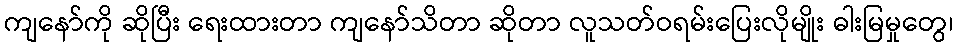
ကျနော်ကို ဆိုပြီး ရေးထားတာ ကျနော်သိတာ ဆိုတာ လူသတ်ဝရမ်းပြေးလိုမျိုး ဓါးမြမှုတွေ၊